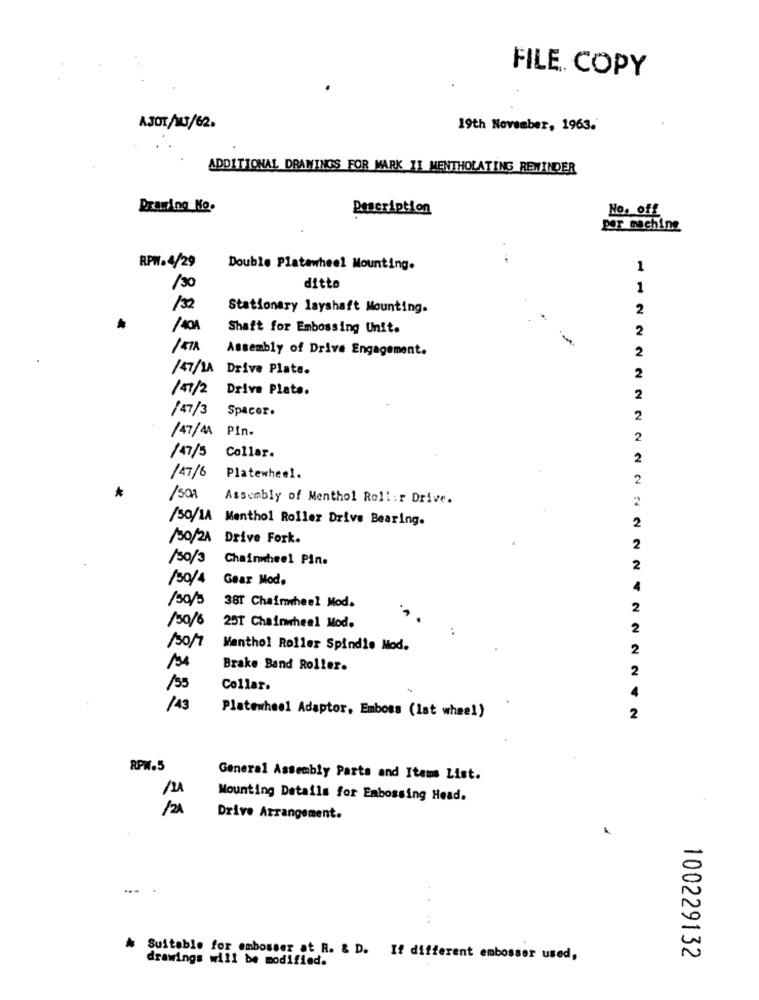
FILE COPY
AJOT/MJ/62.
19th November, 1963.
ADDITIONAL DRAWINGS FOR MARK II MENTHOLATING REWINDER
Praning No.
Description
No. off
por machine
RPW. 4/29
Double Platawheel Mounting.
1
/30
ditto
1
130
Stationary layshaft Mounting.
2
Shaft for Embossing Unit.
2
- -
Assembly of Drive Engagement.
2
/47/1A Drive Plate.
2
/47/2 Drive Plate.
2
/47/3 Spacer.
2
/47/44 Pin.
2
/47/5 Collar.
2
/47/6
Platewheel.
2
/SOR
Assembly of Menthol Roli:r Drive.
2
/50/1A Menthol Roller Drive Bearing.
2
/30/2A Drive Fork.
2
/30/3 Chainwheel Pin.
2
/30/4
Gear Mod.
4
/50/5
38T Chaimmheel Mod.
2
/30/6
25T Chainwheel Mod.
..
2
/30/7
Menthol Roller Spindle Mod.
2
Brake Band Roller.
2
135
Collar.
4
/43
Platewheel Adaptor, Emboss (Ist wheel)
2
RPW.5
General Assembly Parts and Items List.
Mounting Details for Embossing Head.
Drive Arrangement.
drawings will be modified.
Suitable for embosser at R. & D. If different embosser used,
100229132